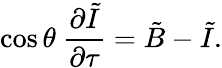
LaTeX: \cos\theta\ {\frac{\partial\tilde{I}}{\partial\tau}}=\tilde{B}-\tilde{I}.